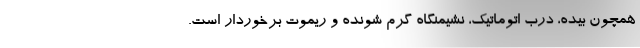
همچون بیده، درب اتوماتیک، نشیمنگاه گرم شونده و ریموت برخوردار است.